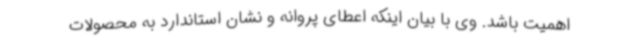
اهمیت باشد. وی با بیان اینکه اعطای پروانه و نشان استاندارد به محصولات